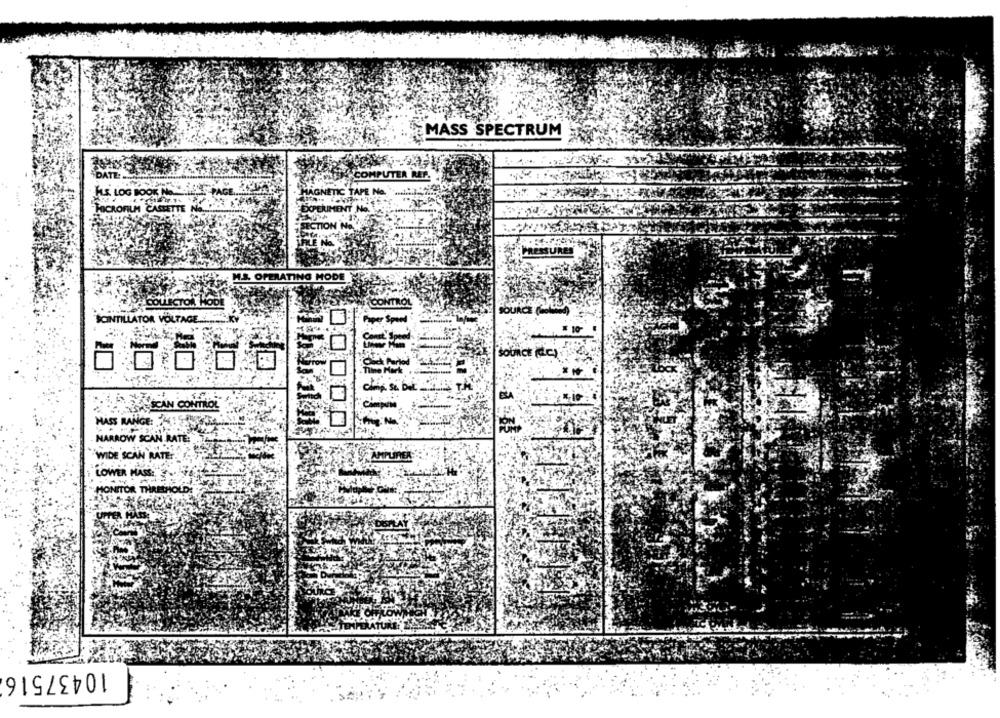
MASS SPECTRUM
COMPUTER REF.
LOG BOX
C TAPE No.
OFILM CASHE
PRESSURES
M.S. OPERATING MODE
COLLECTOR HODE
CONTRO
SOURCE (solom
SCINTILLATOR VOLTAGE ..
per S
# 107
SY- SCAN CONTROL
MASS RANGE:
NARROW SCAN RATE:
WIDE SCAN RATE
AMPLIRER
LOWER MASS:
MONITOR THRESHOLD:
10437516